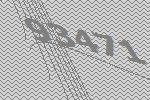
93471